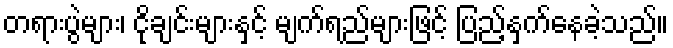
တရားပွဲများ၊ ငိုချင်းများနှင့် မျက်ရည်များဖြင့် ပြည့်နှက်နေခဲ့သည်။